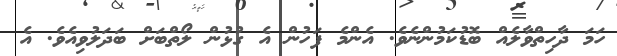
ހަމަ ދާހިތްވާލެއް ބޮޑުކަމުންނެވެ. އެންމެ ފަހުން އެ ގުޅުން ލޯތްބަށް ބަދަލުވިއެވެ. އެ